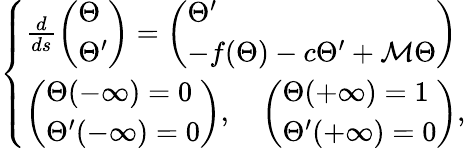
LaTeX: \left\{ \begin{array}{ll}{\frac{d}{ds}\left(\begin{array}{l}{{\Theta}}\\ {{\Theta}^{\prime}}\end{array}\right)=\left(\begin{array}{l}{{\Theta}^{\prime}}\\ {-f({\Theta})-c{\Theta}^{\prime}+{\mathcal M}{\Theta}}\end{array}\right)}\\ {\left(\begin{array}{l}{{\Theta}(-\infty)=0}\\ {{\Theta}^{\prime}(-\infty)=0}\end{array}\right),\quad\left(\begin{array}{l}{{\Theta}(+\infty)=1}\\ {{\Theta}^{\prime}(+\infty)=0}\end{array}\right),}\end{array}\right.